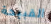
القبيحة